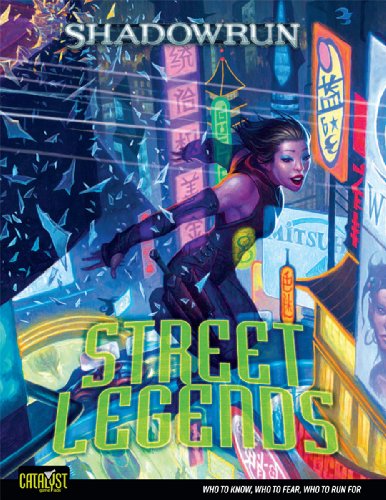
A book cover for Street Legends (Shadowrun (Catalyst Hardcover)); Catalyst Game Labs; Science Fiction & Fantasy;